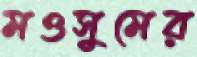
মওসুমের